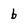
Character: b